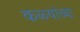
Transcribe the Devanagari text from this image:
कळ्यांच्या